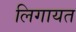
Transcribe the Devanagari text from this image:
लिगायत